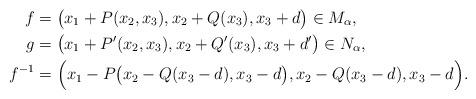
LaTeX: \begin{align*}f &= \big(x_1 + P(x_2, x_3), x_2 + Q(x_3), x_3+d\big)\in M_\alpha,\\g &= \big(x_1 + P'(x_2, x_3), x_2 + Q'(x_3), x_3+d'\big)\in N_\alpha,\\f^{-1} &= \Big(x_1 - P\big(x_2-Q(x_3-d), x_3-d\big), x_2 - Q(x_3-d), x_3-d\Big).\end{align*}